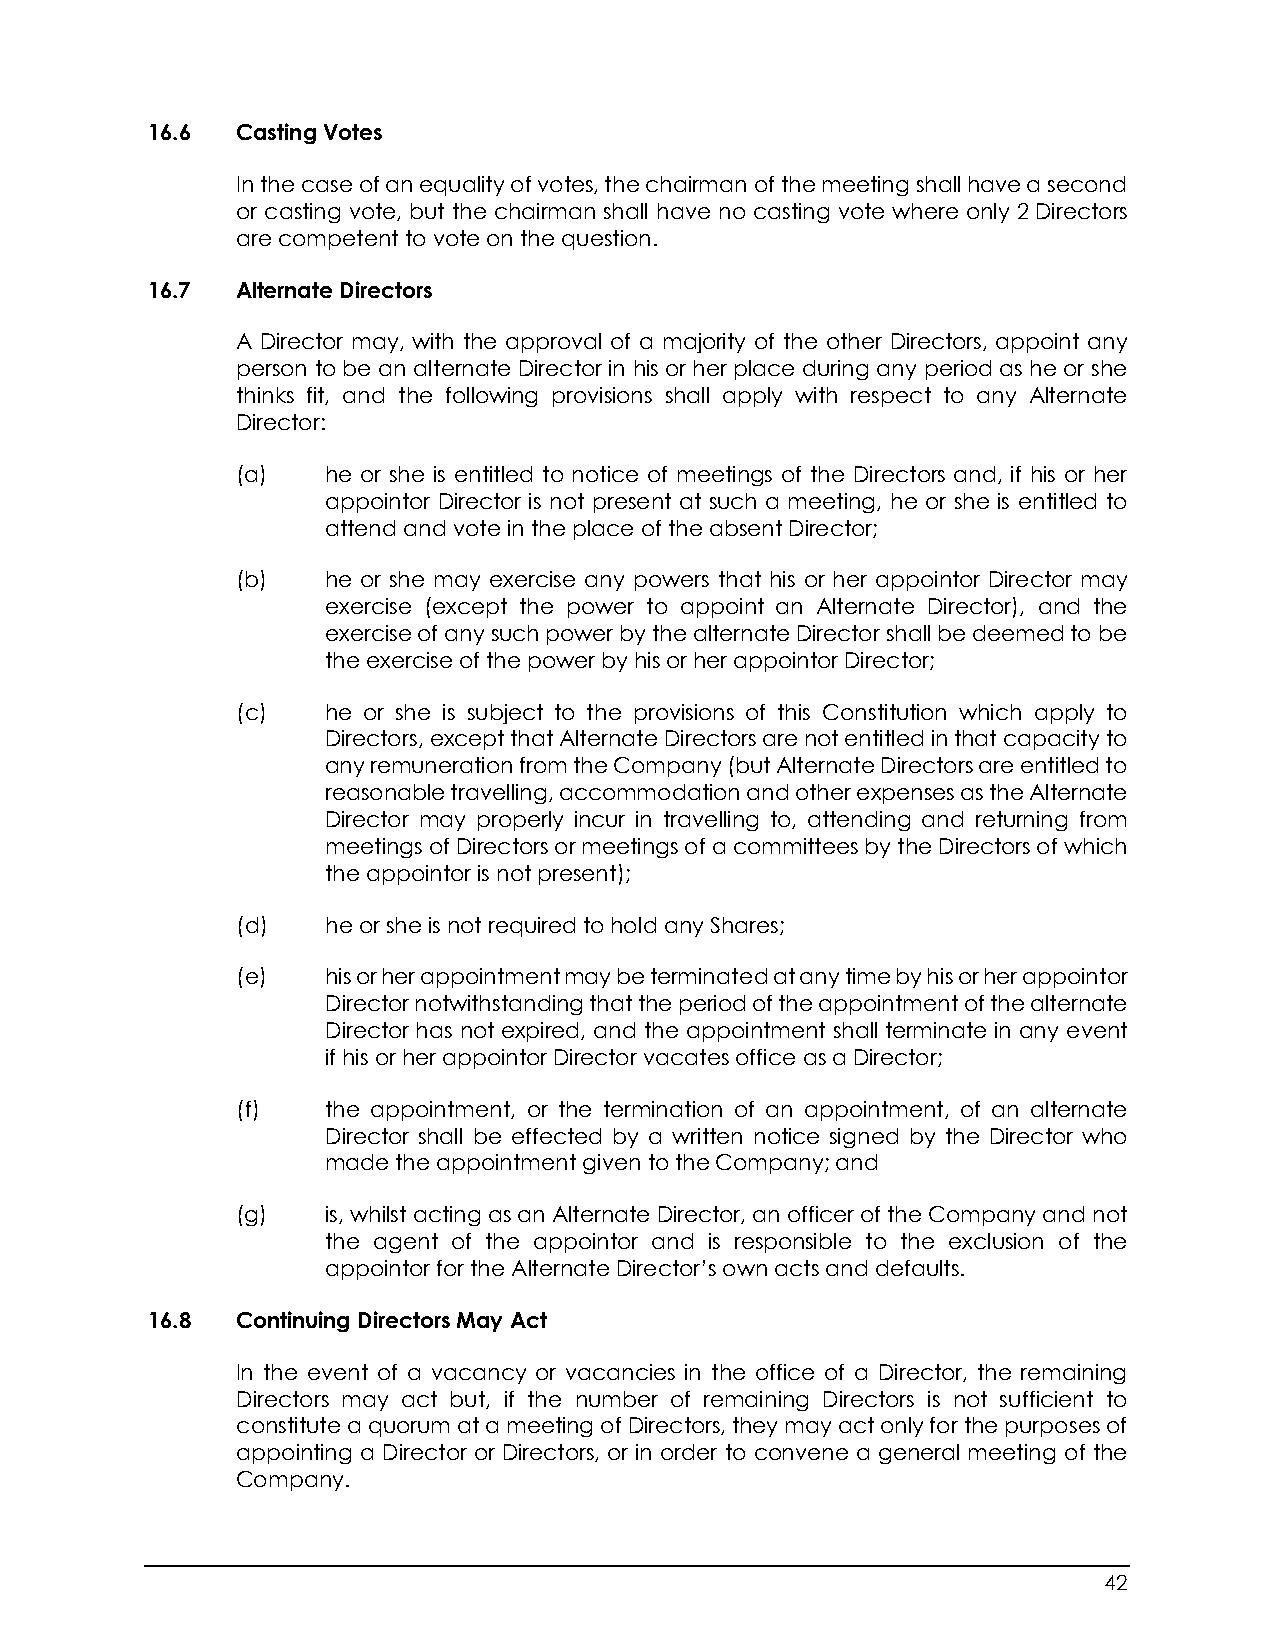
16.6  Casting Votes
 In the case of an equality of votes, the chairman of the meeting shall have a second
 or casting vote, but the chairman shall have no casting vote where only 2 Directors
 are competent to vote on the question.
 16.7  Alternate Directors
 A Director may, with the approval of a majority of the other Directors, appoint any
 person to be an alternate Director in his or her place during any period as he or she
 thinks fit, and the following provisions shall apply with respect to any Alternate
 Director:
 (a)   he or she is entitled to notice of meetings of the Directors and, if his or her
 appointor Director is not present at such a meeting, he or she is entitled to
 attend and vote in the place of the absent Director;
 (b)   he or she may exercise any powers that his or her appointor Director may
 exercise (except the power to appoint an Alternate Director), and the
 exercise of any such power by the alternate Director shall be deemed to be
 the exercise of the power by his or her appointor Director;
 (c)   he or she is subject to the provisions of this Constitution which apply to
 Directors, except that Alternate Directors are not entitled in that capacity to
 any remuneration from the Company (but Alternate Directors are entitled to
 reasonable travelling, accommodation and other expenses as the Alternate
 Director may properly incur in travelling to, attending and returning from
 meetings of Directors or meetings of a committees by the Directors of which
 the appointor is not present);
 (d)   he or she is not required to hold any Shares;
 (e)   his or her appointment may be terminated at any time by his or her appointor
 Director notwithstanding that the period of the appointment of the alternate
 Director has not expired, and the appointment shall terminate in any event
 if his or her appointor Director vacates office as a Director;
 (f)   the appointment, or the termination of an appointment, of an alternate
 Director shall be effected by a written notice signed by the Director who
 made the appointment given to the Company; and
 (g)   is, whilst acting as an Alternate Director, an officer of the Company and not
 the agent of the appointor and is responsible to the exclusion of the
 appointor for the Alternate Director’s own acts and defaults.
 16.8  Continuing Directors May Act
 In the event of a vacancy or vacancies in the office of a Director, the remaining
 Directors may act but, if the number of remaining Directors is not sufficient to
 constitute a quorum at a meeting of Directors, they may act only for the purposes of
 appointing a Director or Directors, or in order to convene a general meeting of the
 Company.
 42